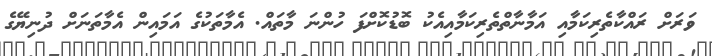
ވަރަށް ރައްކާތެރިކަމާއި އަމާނާތްތެރިކަމާއިއެކު ބޮޑުކޮށްފަ ހުންނަ މާތައް. އެމާތަކުގެ އަމައިން އެމާތަނަށް ދުނިޔޭގެ